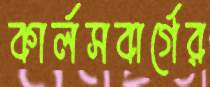
কার্লসবার্গের